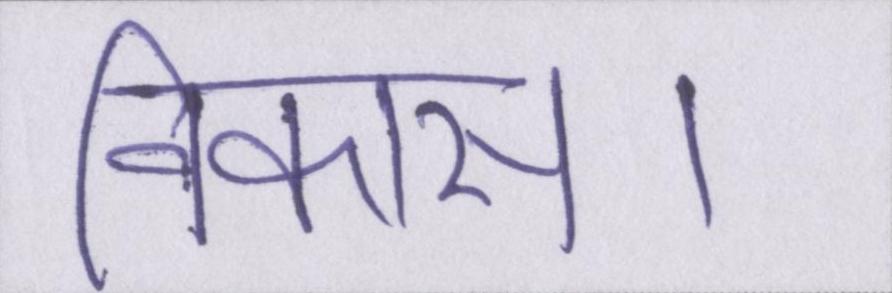
विकास।